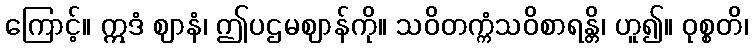
ကြောင့်။ ဣဒံ ဈာနံ၊ ဤပဌမဈာန်ကို။ သဝိတက္ကံသဝိစာရန္တိ၊ ဟူ၍။ ဝုစ္စတိ၊